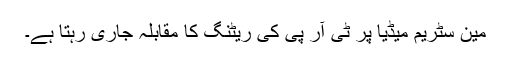
مین سٹریم میڈیا پر ٹی آر پی کی ریٹنگ کا مقابلہ جاری رہتا ہے۔